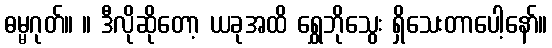
ဓမ္မဂုတ်။ ။ ဒီလိုဆိုတော့ ယခုအထိ ရွှေဘိုသွေး ရှိသေးတာပေါ့နော်။